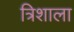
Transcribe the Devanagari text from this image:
त्रिशाला